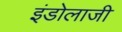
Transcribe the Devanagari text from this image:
इंडोलाजी